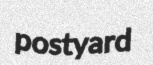
postyard